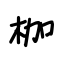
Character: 枷